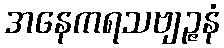
အနေကရသဗျဉ္ဇနံ